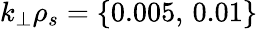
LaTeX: k_{\perp}\rho_{s}=\{ 0.005,\, 0.01\}